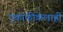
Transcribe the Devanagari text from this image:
एकांकीकेलाही